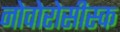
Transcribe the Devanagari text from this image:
नोवोरोसीस्क